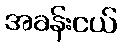
အခန်းငယ်